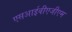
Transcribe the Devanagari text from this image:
एसआईवीएजीएम